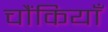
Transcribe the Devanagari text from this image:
चौंकियाँ